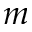
m